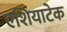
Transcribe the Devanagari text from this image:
एशियाटेक